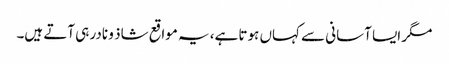
مگر ایسا آسانی سے کہاں ہوتا ہے، یہ مواقع شاذ و نادر ہی آتے ہیں۔